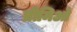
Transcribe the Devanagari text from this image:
प्रीमिओ